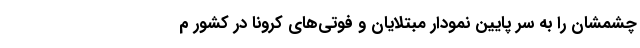
چشمشان را به سرِ پایین نمودار مبتلایان و فوتی‌های کرونا در کشور م